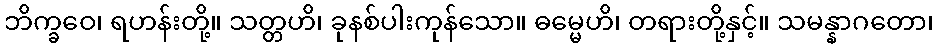
ဘိက္ခဝေ၊ ရဟန်းတို့။ သတ္တဟိ၊ ခုနစ်ပါးကုန်သော။ ဓမ္မေဟိ၊ တရားတို့နှင့်။ သမန္နာဂတော၊